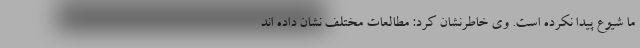
ما شیوع پیدا نکرده است. وی خاطرنشان کرد: مطالعات مختلف نشان داده اند